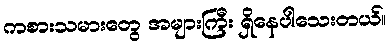
ကစားသမားတွေ အများကြီး ရှိနေပါသေးတယ်။